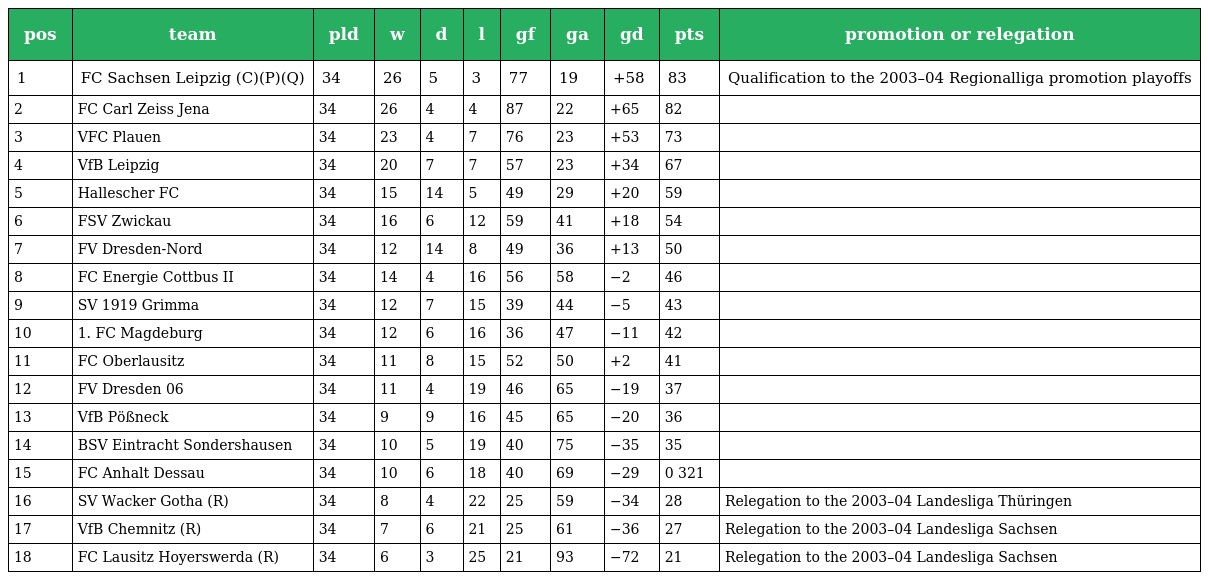
| pos | team | pld | w | d | l | gf | ga | gd | pts | promotion or relegation |
 | --- | --- | --- | --- | --- | --- | --- | --- | --- | --- | --- |
 | 1 | FC Sachsen Leipzig (C)(P)(Q) | 34 | 26 | 5 | 3 | 77 | 19 | +58 | 83 | Qualification to the 2003–04 Regionalliga promotion playoffs |
 | 2 | FC Carl Zeiss Jena | 34 | 26 | 4 | 4 | 87 | 22 | +65 | 82 |  |
 | 3 | VFC Plauen | 34 | 23 | 4 | 7 | 76 | 23 | +53 | 73 |  |
 | 4 | VfB Leipzig | 34 | 20 | 7 | 7 | 57 | 23 | +34 | 67 |  |
 | 5 | Hallescher FC | 34 | 15 | 14 | 5 | 49 | 29 | +20 | 59 |  |
 | 6 | FSV Zwickau | 34 | 16 | 6 | 12 | 59 | 41 | +18 | 54 |  |
 | 7 | FV Dresden-Nord | 34 | 12 | 14 | 8 | 49 | 36 | +13 | 50 |  |
 | 8 | FC Energie Cottbus II | 34 | 14 | 4 | 16 | 56 | 58 | −2 | 46 |  |
 | 9 | SV 1919 Grimma | 34 | 12 | 7 | 15 | 39 | 44 | −5 | 43 |  |
 | 10 | 1. FC Magdeburg | 34 | 12 | 6 | 16 | 36 | 47 | −11 | 42 |  |
 | 11 | FC Oberlausitz | 34 | 11 | 8 | 15 | 52 | 50 | +2 | 41 |  |
 | 12 | FV Dresden 06 | 34 | 11 | 4 | 19 | 46 | 65 | −19 | 37 |  |
 | 13 | VfB Pößneck | 34 | 9 | 9 | 16 | 45 | 65 | −20 | 36 |  |
 | 14 | BSV Eintracht Sondershausen | 34 | 10 | 5 | 19 | 40 | 75 | −35 | 35 |  |
 | 15 | FC Anhalt Dessau | 34 | 10 | 6 | 18 | 40 | 69 | −29 | 0 321 |  |
 | 16 | SV Wacker Gotha (R) | 34 | 8 | 4 | 22 | 25 | 59 | −34 | 28 | Relegation to the 2003–04 Landesliga Thüringen |
 | 17 | VfB Chemnitz (R) | 34 | 7 | 6 | 21 | 25 | 61 | −36 | 27 | Relegation to the 2003–04 Landesliga Sachsen |
 | 18 | FC Lausitz Hoyerswerda (R) | 34 | 6 | 3 | 25 | 21 | 93 | −72 | 21 | Relegation to the 2003–04 Landesliga Sachsen |